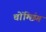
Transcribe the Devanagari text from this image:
चोंग्छिंग